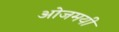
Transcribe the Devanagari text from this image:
ओजमयी